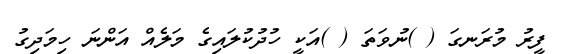
ފީރު މުރަނގަ ( )ނުވަތަ ( )އަކީ ހުދުކުލައިގެ މަލެއް އަންނަ ހިމަދިގު